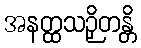
အနတ္ထသဉှိတန္တိ